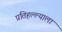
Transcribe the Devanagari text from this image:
प्रतिहल्ल्याला